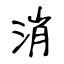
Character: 消